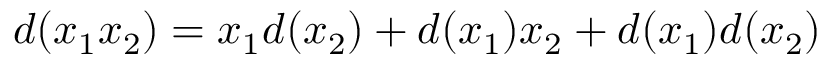
d ( x _ { 1 } x _ { 2 } ) = x _ { 1 } d ( x _ { 2 } ) + d ( x _ { 1 } ) x _ { 2 } + d ( x _ { 1 } ) d ( x _ { 2 } )